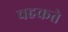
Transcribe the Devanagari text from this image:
चहकते